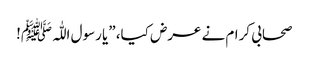
صحابی کرام نے عرض کیا، ”یا رسول اللّٰہﷺ!